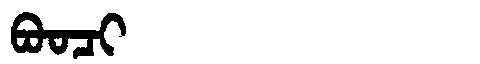
Manchu: ᠪᠣᠣᠴᡳ
Romanization: BOOCI